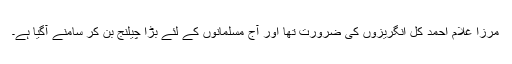
مرزا غلام احمد کل انگریزوں کی ضرورت تھا اور آج مسلمانوں کے لئے بڑا چیلنج بن کر سامنے آگیا ہے۔